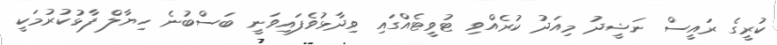
ކުރީގެ ރައީސް ނަޝީދު މިއަދު ކުރެއްވި ޓުވީޓެއްގައި ވިދާޅުވެފައިވަނީ ބަސްބުނެ ހިޔާލް ފާޅުކުރުމަކީ